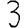
Digit: 3